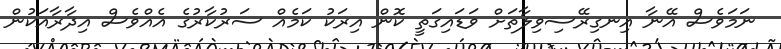
ނަމަވެސް އޭނާ އިނގިރޭސިވިލާތަށް ވަޑައިގަތީ ކޮން އިރަކު ކަމެއް ސަރުކާރުގެ އެއްވެސް އިދާރާއަކުން